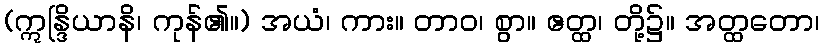
(ဣန္ဒြိယာနိ၊ ကုန်၏။) အယံ၊ ကား။ တာဝ၊ စွာ။ ဧတ္ထ၊ တို့၌။ အတ္ထတော၊